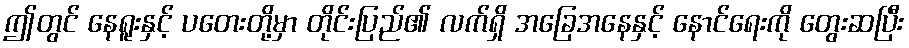
ဤတွင် နေရူးနှင့် ပတေးတို့မှာ တိုင်းပြည်၏ လက်ရှိ အခြေအနေနှင့် နောင်ရေးကို တွေးဆပြီး